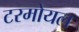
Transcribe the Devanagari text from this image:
टरमोयल